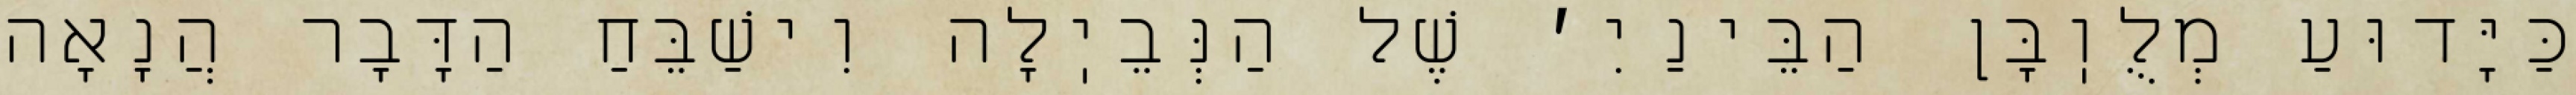
כַּיָּדוּעַ מְלֻוֽבָּן הַבֵּינַיִ׳ שֶׁל הַנְּבֵיֽלָה וִישַׁבֵּחַ הַדָּבָר הֲנָאָה